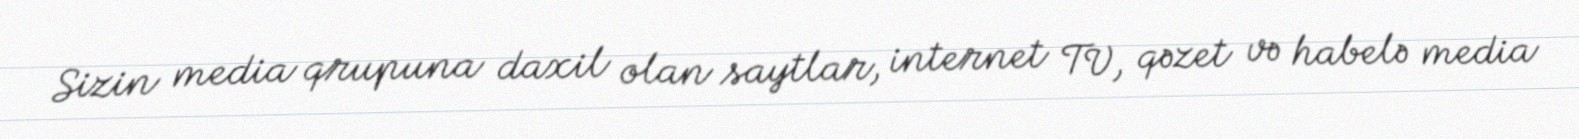
Sizin media qrupuna daxil olan saytlar, internet TV, qəzet və habelə media